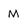
Character: M